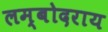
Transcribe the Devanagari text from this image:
लम्बोदराय